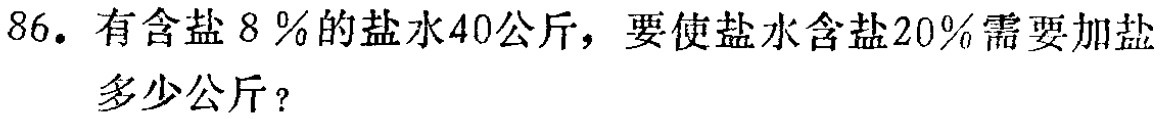
86. 有含盐 \(8\%\) 的盐水40公斤，要使盐水含盐 \(20\%\)需要加盐多少公斤？